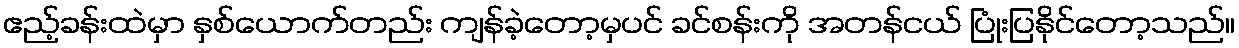
ဧည့်ခန်းထဲမှာ နှစ်ယောက်တည်း ကျန်ခဲ့တော့မှပင် ခင်စန်းကို အတန်ငယ် ပြုံးပြနိုင်တော့သည်။